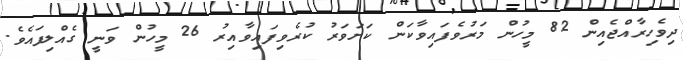
ދިވެހިރާއްޖެއިން 82 މީހުން މަރުވެފައިވާކަން ކަށަވަރު ކުރެވިފައިވާއިރު 26 މީހުން ވަނީ ގެއްލިފައެވެ.